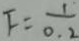
F = \frac { 1 } { 0 . 2 }